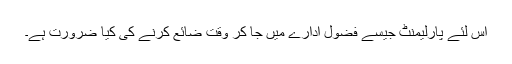
اس لئے پارلیمنٹ جیسے فضول ادارے میں جا کر وقت ضائع کرنے کی کیا ضرورت ہے۔